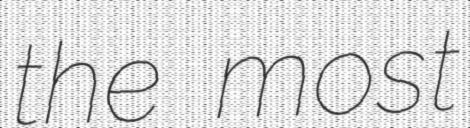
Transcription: the most